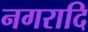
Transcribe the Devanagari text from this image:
नगरादि